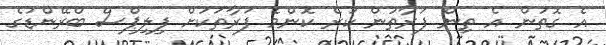
އެ ގޮތުން އެ ތިން ފަރާތުން ކުރެ ކޮންމެ ފަރާތަކަށް ފިލިޕްސް ބްރޭންޑުގެ